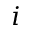
i